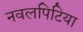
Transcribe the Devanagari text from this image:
नवलपिटिया